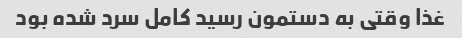
غذا وقتی به دستمون رسید کامل سرد شده بود